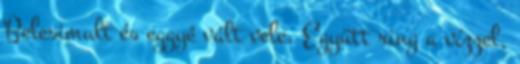
Belesimult és eggyé vált vele. Együtt ring a vízzel,